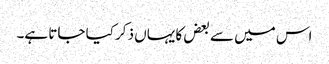
اس میں سے بعض کا یہاں ذکر کیا جاتا ہے۔